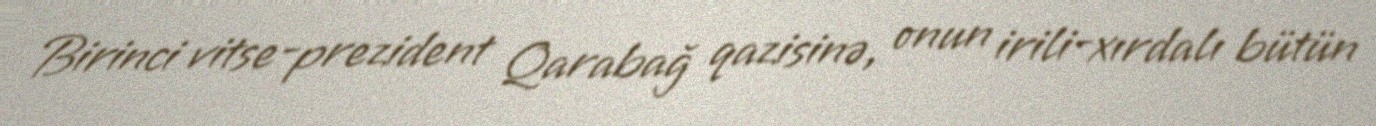
Birinci vitse-prezident Qarabağ qazisinə, onun irili-xırdalı bütün